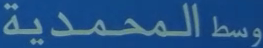
وسطالمحمدية